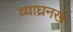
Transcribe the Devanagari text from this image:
व्याघ्रनख